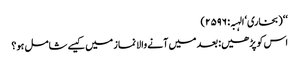
‘‘ (بخاری‘ الہبہ: ۲۵۹۶)
اس کو پڑھیں: بعد میں آنے والا نماز میں کیسے شامل ہو؟